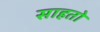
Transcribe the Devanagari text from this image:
साहतो